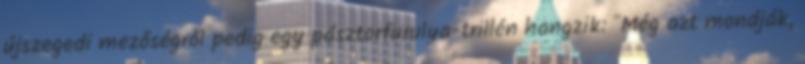
újszegedi mezőségről pedig egy pásztorfurulya-trillén hangzik: "Még azt mondják,